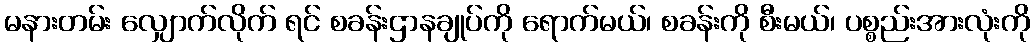
မနားတမ်း လျှောက်လိုက် ရင် စခန်းဌာနချုပ်ကို ရောက်မယ်၊ စခန်းကို စီးမယ်၊ ပစ္စည်းအားလုံးကို